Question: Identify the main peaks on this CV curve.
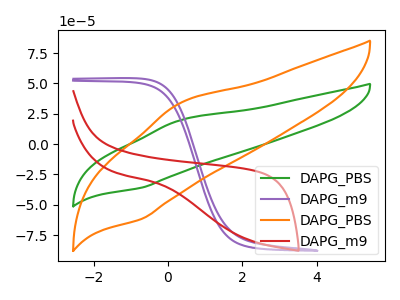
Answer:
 <answer>The green curve "DAPG_PBS" has an anodic peak at (0.30V, 19.55uA) and a cathodic peak at (-0.70V, -35.90uA). The purple curve "DAPG_m9" has no peaks. The orange curve "DAPG_PBS" has an anodic peak at (0.30V, 33.55uA) and a cathodic peak at (-0.70V, -61.65uA). The red curve "DAPG_m9" has no peaks.</answer>
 <eval></eval>